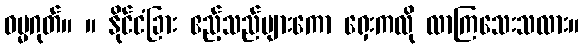
ဓမ္မဂုတ်။ ။ နိုင်ငံခြား ဧည့်သည်များကော ရှေးကလို လာကြသေးသလား။